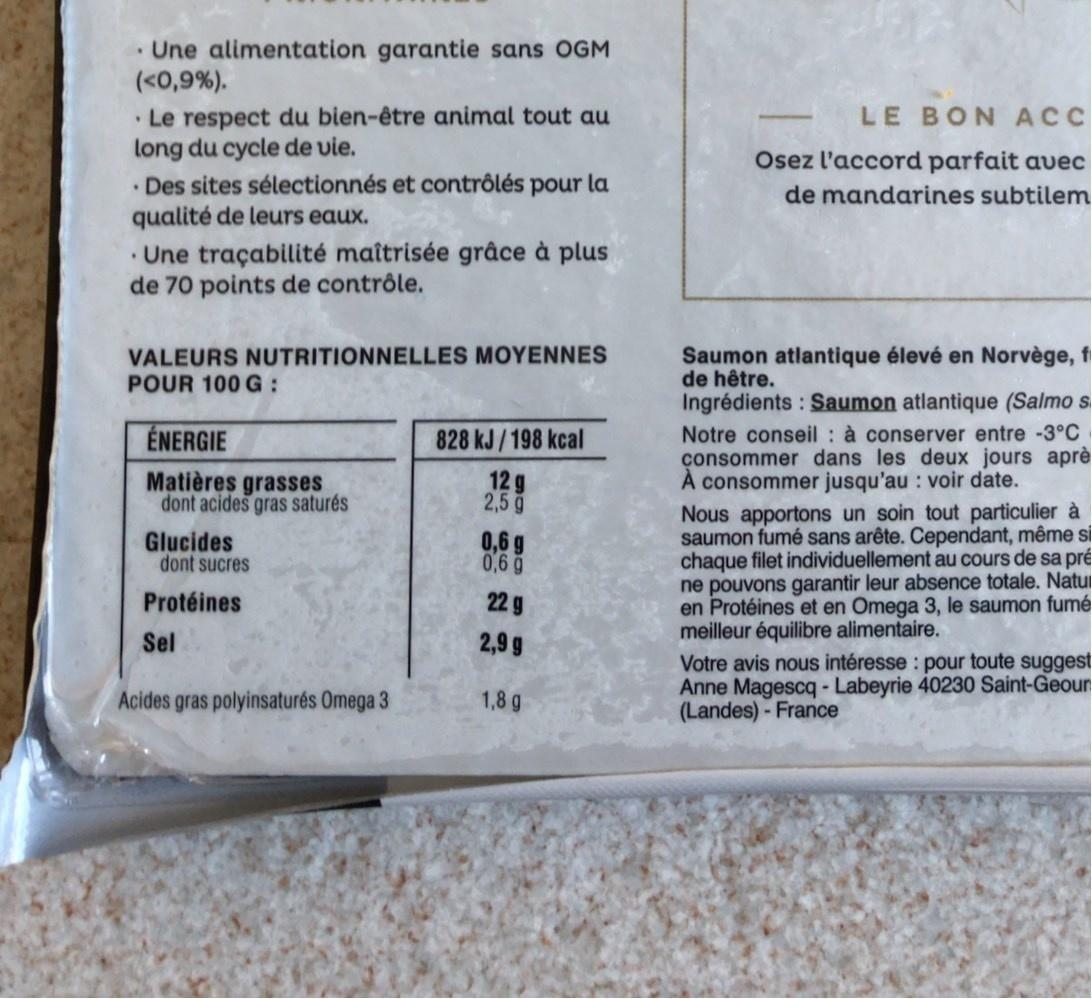
· Une alimentation garantie sans OGM (<0,9%).
• Le respect du bien-être animal tout au long du cycle de vie. • Des sites sélectionnés et contrôlés pour la qualité de leurs eaux.
LE BON ACC
Osez l'accord parfait avec
de mandarines subtilem
· Une traçabilité maîtrisée grâce à plus de 70 points de contrôle.
VALEURS NUTRITIONNELLES MOYENNES POUR 100 G :
Saumon atlantique élevé en Norvège, f de hêtre.
Ingrédients : Saumon atlantique (Salmo s
Notre conseil : à conserver entre -3°C consommer dans les deux jours aprè A consommer jusqu'au : voir date. Nous apportons un soin tout particulier à saumon fumé sans arête. Cependant, même si chaque filet individuellement au cours de sa pré ne pouvons garantir leur absence totale. Natu en Protéines et en Omega 3, le saumon fumé meilleur équilibre alimentaire. Votre avis nous intéresse : pour toute suggest Anne Magescq - Labeyrie 40230 Saint-Geour (Landes) - France
ÉNERGIE
828 kJ /198 kcal
Matières grasses dont acides gras saturés
12 g 2,5 g
Glucides dont sucres
0,6 g 0,6 g
Protéines
22 g
Sel
2,99
Acides gras polyinsaturés Omega 3
1,8 g